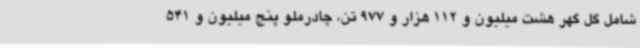
شامل گل گهر هشت میلیون و 112 هزار و 977 تن، چادرملو پنج میلیون و 541